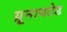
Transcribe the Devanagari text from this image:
य़ूनायटेड